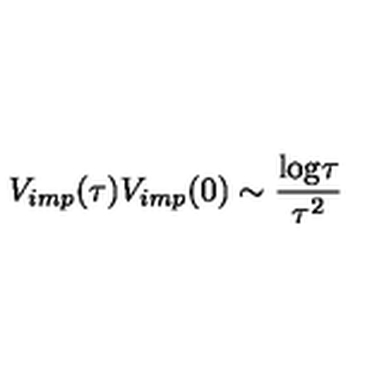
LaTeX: V _ { i m p } ( \tau ) V _ { i m p } ( 0 ) \sim { \frac { \mathrm { l o g } \tau } { \tau ^ { 2 } } }